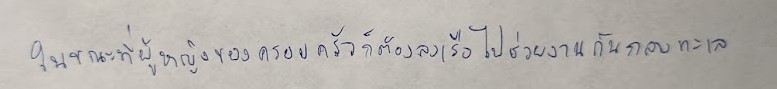
ในขณะที่ผู้หญิงของครอบครัวก็ต้องลงเรือไปช่วยงานกันกลางทะเล